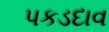
પકડદાવ